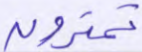
تمترون